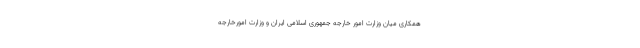
همکاری میان وزارت امور خارجه جمهوری اسلامی ایران و وزارت امورخارجه